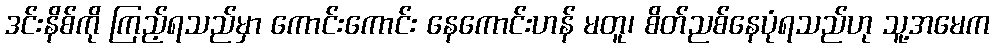
ဒင်းနိစ်ကို ကြည့်ရသည်မှာ ကောင်းကောင်း နေကောင်းဟန် မတူ၊ စိတ်ညစ်နေပုံရသည်ဟု သူ့အမေက